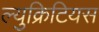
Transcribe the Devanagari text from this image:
ल्युक्रिटियस